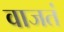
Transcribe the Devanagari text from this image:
वाजतं